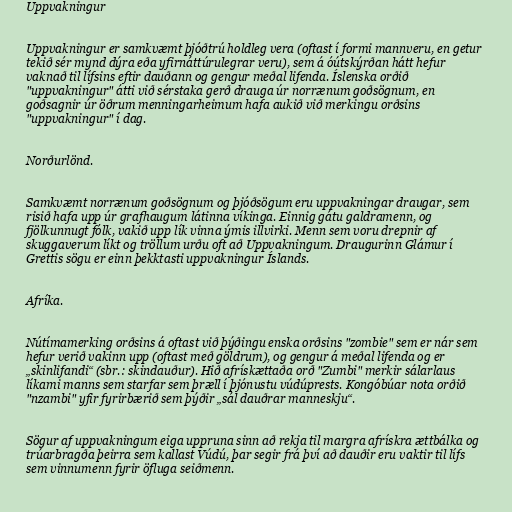
Uppvakningur

Uppvakningur er samkvæmt þjóðtrú holdleg vera (oftast í formi mannveru, en getur
tekið sér mynd dýra eða yfirnáttúrulegrar veru), sem á óútskýrðan hátt hefur
vaknað til lífsins eftir dauðann og gengur meðal lifenda. Íslenska orðið
"uppvakningur" átti við sérstaka gerð drauga úr norrænum goðsögnum, en
goðsagnir úr öðrum menningarheimum hafa aukið við merkingu orðsins
"uppvakningur" í dag.

Norðurlönd.

Samkvæmt norrænum goðsögnum og þjóðsögum eru uppvakningar draugar, sem
risið hafa upp úr grafhaugum látinna víkinga. Einnig gátu galdramenn, og
fjölkunnugt fólk, vakið upp lík vinna ýmis illvirki. Menn sem voru drepnir af
skuggaverum líkt og tröllum urðu oft að Uppvakningum. Draugurinn Glámur í
Grettis sögu er einn þekktasti uppvakningur Íslands.

Afríka.

Nútímamerking orðsins á oftast við þýðingu enska orðsins "zombie" sem er nár sem
hefur verið vakinn upp (oftast með göldrum), og gengur á meðal lifenda og er
„skinlifandi“ (sbr.: skindauður). Hið afrískættaða orð "Zumbi" merkir sálarlaus
líkami manns sem starfar sem þræll í þjónustu vúdúprests. Kongóbúar nota orðið
"nzambi" yfir fyrirbærið sem þýðir „sál dauðrar manneskju“.

Sögur af uppvakningum eiga uppruna sinn að rekja til margra afrískra ættbálka og
trúarbragða þeirra sem kallast Vúdú, þar segir frá því að dauðir eru vaktir til lífs
sem vinnumenn fyrir öfluga seiðmenn.